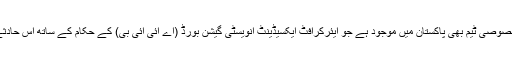
اس کے علاوہ طیارہ ساز کمپنی ایئربس کے ماہرین کی خصوصی ٹیم بھی پاکستان میں موجود ہے جو ایئرکرافٹ ایکسیڈینٹ انویسٹی گیشن بورڈ (اے آئی آئی بی) کے حکام کے ساتھ اس حادثے کی وجوہات معلوم کرنے کے لیے تحقیقات کررہی ہے۔